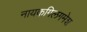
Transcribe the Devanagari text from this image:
नायकगिलगमेश